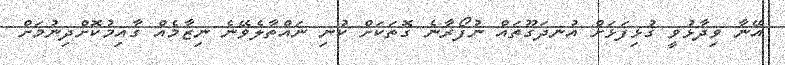
އޭނާ ވިދާޅުވީ ގުޅިފަޅަށް އުނދަގޫތައް ނުފޯރާނެ ގޮތަކަށް ކުނި ނައްތާލެވޭނެ ނިޒާމެއް ގާއިމުކޮށްދިނުމަށް